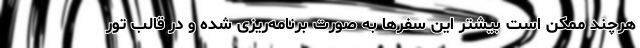
هرچند ممکن است بیشتر این سفرها به صورت برنامه‌ریزی شده و در قالب تور